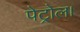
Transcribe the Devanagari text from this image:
पेट्रोल।